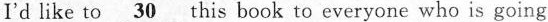
I'd like to \underline{30} this book to everyone who is going